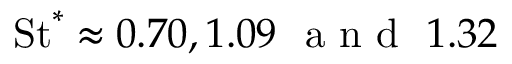
\mathrm { S t } ^ { * } \approx 0 . 7 0 , 1 . 0 9 ~ \mathrm { ~ a ~ n ~ d ~ } ~ 1 . 3 2